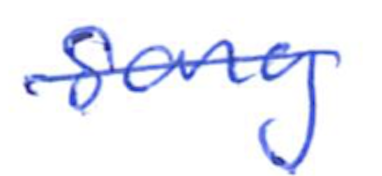
Text: song
Cross-out: mix
Writing tool: ballpoint